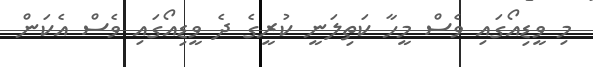
މި ވީޑިއޯގައި ވެސް މީހާ ކަތިލަނީ ކުރީގެ ދެ ވީޑިއޯގައި ވެސް އެކަން